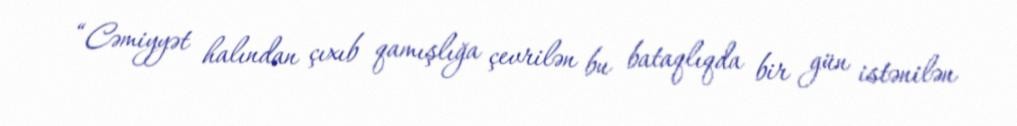
“Cəmiyyət halından çıxıb qamışlığa çevrilən bu bataqlıqda bir gün istənilən